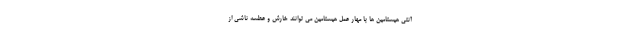
آنتی هیستامین ها با مهار عمل هیستامین می توانند خارش و عطسه ناشی از